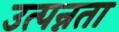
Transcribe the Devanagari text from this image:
उत्पन्नता